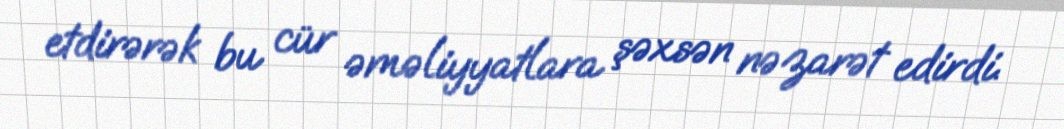
etdirərək bu cür əməliyyatlara şəxsən nəzarət edirdi.